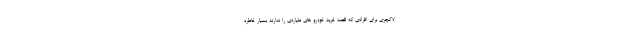
لاکچری برای افرادی که قصد خرید خودرو های ملیاردی را ندارند بسیار خاطره